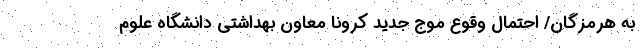
به هرمزگان/ احتمال وقوع موج جدید کرونا معاون بهداشتی دانشگاه علوم